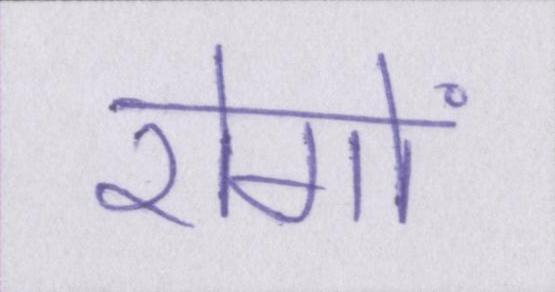
रोगों